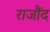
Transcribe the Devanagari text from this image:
राजौंद